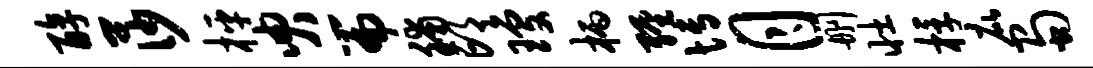
醇莎枰臾篇脯邙琼柄缠博月删壮桴庇蜀